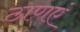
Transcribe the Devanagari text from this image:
ठाणएं